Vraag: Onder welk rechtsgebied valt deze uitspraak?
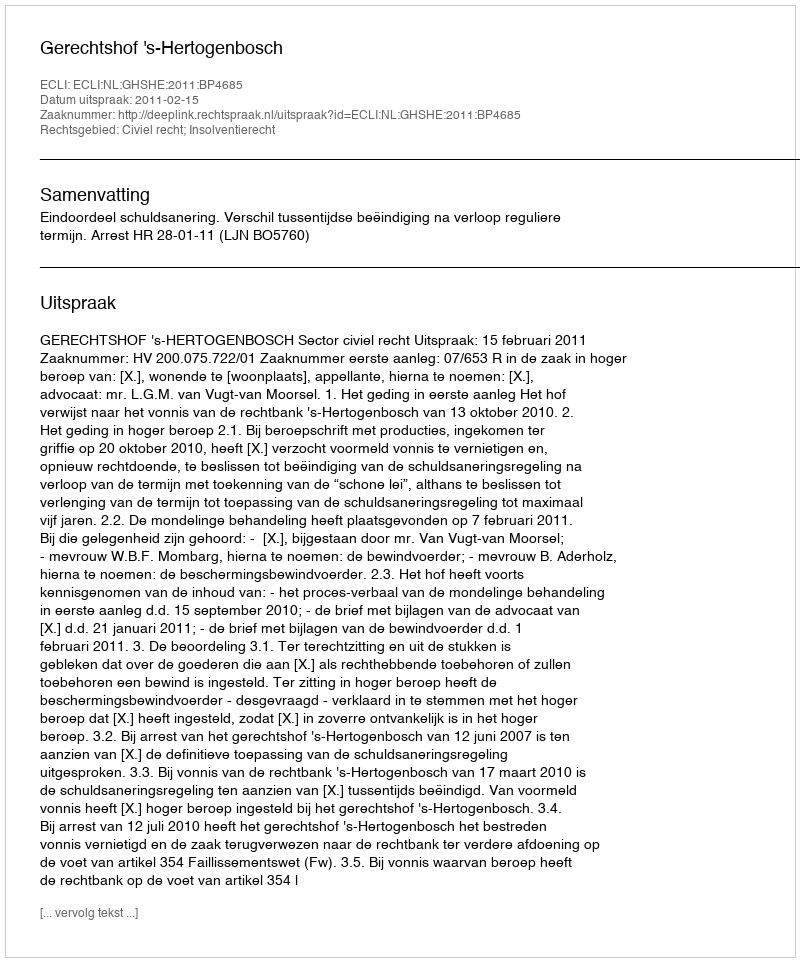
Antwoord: Civiel recht; Insolventierecht